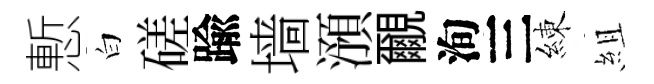
慙白磋踰墙澦覼洵三練組